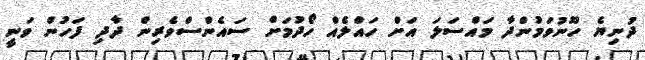
ދުނިޔެ ހޫނުވަމުންދާ މައްސަލަ އަށް ހައްލެއް ހޯދުމަށް ސައެންސްވެރިން ދާދި ފަހުން ވަނީ